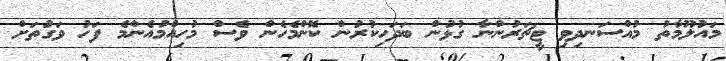
މައުލޫމާތު މުއްސަނދިވި ޓީޗަރުންނާ ގުޅުން ބަދަހިކުރުން ކޮންމެހެން ވެސް މުހިއްމުއެންމެ ފަހު ވަގުތަށް